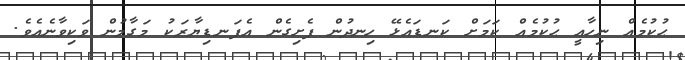
ޙުކުމެއް ނިހާޢީ ޙުކުމެއް ކަމަށް ކަނޑައެޅޭ ހިނދުން ފެށިގެން އެފަނޑިޔާރަކު މަގާމުން ވަކިވާނެއެވެ.